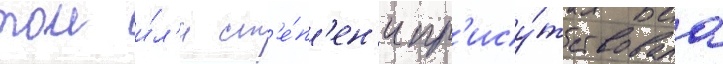
тои и́л'и ст'е́п'ен'и пр'ису́тствовала